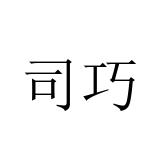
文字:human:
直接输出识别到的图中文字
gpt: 司巧